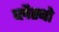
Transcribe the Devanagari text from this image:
प्लैस्बो